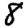
Digit: 8